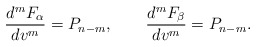
\begin{align*} \frac{d^mF_\alpha}{dv^m}=P_{n-m},\qquad\frac{d^mF_\beta}{dv^m}=P_{n-m}.\end{align*}